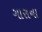
ગારાના